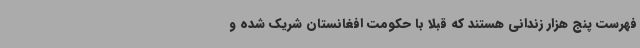
فهرست پنج هزار زندانی هستند که قبلا با حکومت افغانستان شریک شده و